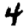
Digit: 4